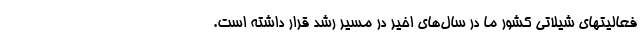
فعالیتهای شیلاتی کشور ما در سال‌های اخیر در مسیر رشد قرار داشته است.